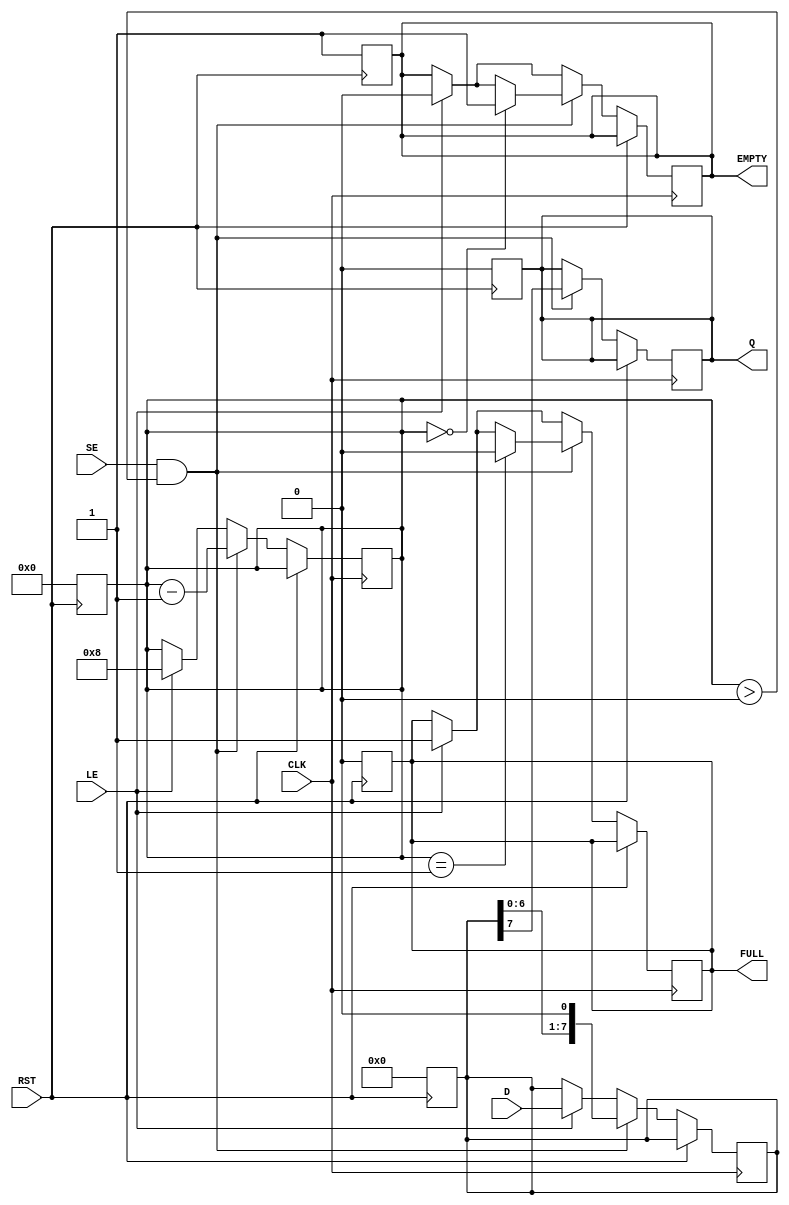
module PISO_Register #(
    parameter n = 8  // Default width is 8 bits
)(
    input wire [n-1:0] D,          // Parallel Data Input
    input wire LE,                  // Load Enable
    input wire SE,                  // Shift Enable
    input wire CLK,                 // Clock
    input wire RST,                 // Asynchronous Reset
    output reg Q,                   // Serial Output
    output reg FULL,                // Full Flag
    output reg EMPTY                // Empty Flag
);

    reg [n-1:0] shift_reg;          // Shift register to hold data
    reg [3:0] bits_count;            // Counter to track the number of bits shifted out

    // Asynchronous reset
    always @(posedge RST) begin
        shift_reg <= 0;
        Q <= 0;
        bits_count <= 0;
        FULL <= 0;
        EMPTY <= 1;
    end

    // Main operation
    always @(posedge CLK) begin
        if (RST) begin
            // Reset state is handled above
        end else begin
            // Load Data
            if (LE) begin
                shift_reg <= D;          // Load data into the shift register
                bits_count <= n;         // mark register as full
                FULL <= 1;               // Set FULL flag
                EMPTY <= 0;              // Clear EMPTY flag
            end
            
            // Shift Data
            if (SE && bits_count > 0) begin
                Q <= shift_reg[n-1];     // Output MSB
                shift_reg <= {shift_reg[n-2:0], 1'b0}; // Shift right and fill LSB with zero
                bits_count <= bits_count - 1; // Decrement bits count
                if (bits_count == 1) begin
                    FULL <= 0;           // Clear FULL flag when one bit remains
                end
                if (bits_count == 0) begin
                    EMPTY <= 1;          // Set EMPTY flag when no bits are left
                end
            end
        end
    end

endmodule